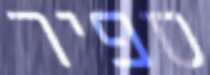
ספיר